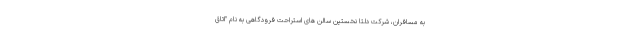
به مسافران، شرکت دلتا نخستین سالن های استراحت فرودگاهی به نام "اتاق